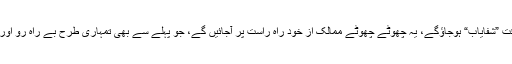
تم قول و عمل کے تضاد سے جس وقت ”شفایاب“ ہوجاؤگے، یہ چھوٹے چھوٹے ممالک از خود راہِ راست پر آجائیں گے، جو پہلے سے بھی تمہاری طرح بے راہ رو اور ظلم وجارحیت کے پجاری نہیں ہیں۔